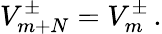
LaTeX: V_{m+N}^{\pm}=V_{m}^{\pm}\, .